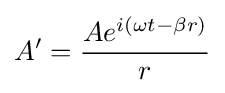
A'={\frac {Ae^{i(\omega t-\beta r)}}{r}}